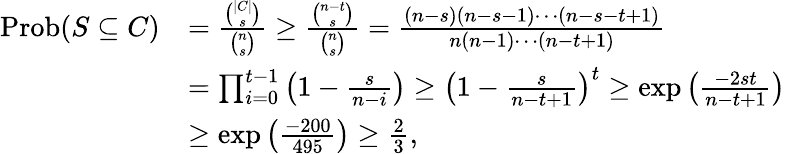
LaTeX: \begin{array}{rl}{\mathrm{Prob}(S\subseteq C)}&{=\frac{{\binom{|C|}{s}}}{{\binom{n}{s}}}\geq\frac{{\binom{n-t}{s}}}{{\binom{n}{s}}}=\frac{(n-s)(n-s-1)\cdots(n-s-t+1)}{n(n-1)\cdots(n-t+1)}}\\ &{=\prod_{i=0}^{t-1}\left(1-\frac{s}{n-i}\right)\geq\left(1-\frac{s}{n-t+1}\right)^{t}\geq\exp\left(\frac{-2st}{n-t+1}\right)}\\ &{\geq\exp\left(\frac{-200}{495}\right)\geq\frac 23,}\end{array}